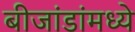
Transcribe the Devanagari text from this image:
बीजांडांमध्ये